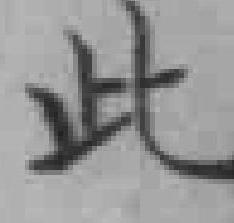
此